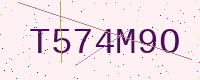
Text: T574M9O